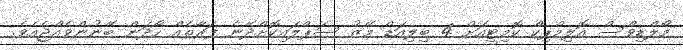
މޯލްޑިވްސް އޮލިމްޕިކް ކޮމިޓީއަށް 4 ބިލިއަޑް މޭޒު ސަޕްލައިކޮށްދޭނެ ފަރާތެއް ހޯދަން ބޭނުންވެއްޖެއެވެ.